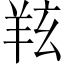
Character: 𦍫